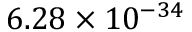
6 . 2 8 \times 1 0 ^ { - 3 4 }